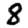
Digit: 8